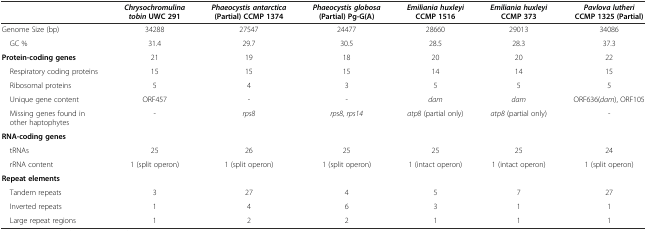
|  | Chrysochromulina tobinUWC 291 | Phaeocystis antarctica(Partial) CCMP 1374 | Phaeocystis globosa(Partial) Pg-G(A) | Emiliania huxleyiCCMP 1516 | Emiliania huxleyiCCMP 373 | Pavlova lutheriCCMP 1325 (Partial) |
 | --- | --- | --- | --- | --- | --- | --- |
 | Genome Size (bp) | 34288 | 27547 | 24477 | 28660 | 29013 | 34086 |
 | GC % | 31.4 | 29.7 | 30.5 | 28.5 | 28.3 | 37.3 |
 | Protein-coding genes | 21 | 19 | 18 | 20 | 20 | 22 |
 | Respiratory coding proteins | 15 | 15 | 15 | 14 | 14 | 15 |
 | Ribosomal proteins | 5 | 4 | 3 | 5 | 5 | 5 |
 | Unique gene content | ORF457 | - | - | dam | dam | ORF636(dam), ORF105 |
 | Missing genes found in other haptophytes | - | rps8 | rps8, rps14 | atp8 (partial only) | atp8 (partial only) | - |
 | RNA-coding genes |  |  |  |  |  |  |
 | tRNAs | 25 | 26 | 25 | 25 | 25 | 24 |
 | rRNA content | 1 (split operon) | 1 (split operon) | 1 (split operon) | 1 (intact operon) | 1 (intact operon) | 1 (split operon) |
 | Repeat elements |  |  |  |  |  |  |
 | Tandem repeats | 3 | 27 | 4 | 5 | 7 | 27 |
 | Inverted repeats | 1 | 4 | 6 | 3 | 1 | 1 |
 | Large repeat regions | 1 | 2 | 2 | 1 | 1 | 1 |